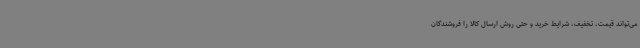
می‌تواند قیمت، تخفیف، شرایط خرید و حتی روش ارسال کالا را فروشندگان